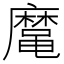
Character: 𱌈